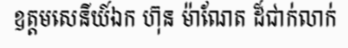
ឧត្តមសេនីយ៍ឯក ហ៊ុន ម៉ាណែត ដ៏ជាក់លាក់